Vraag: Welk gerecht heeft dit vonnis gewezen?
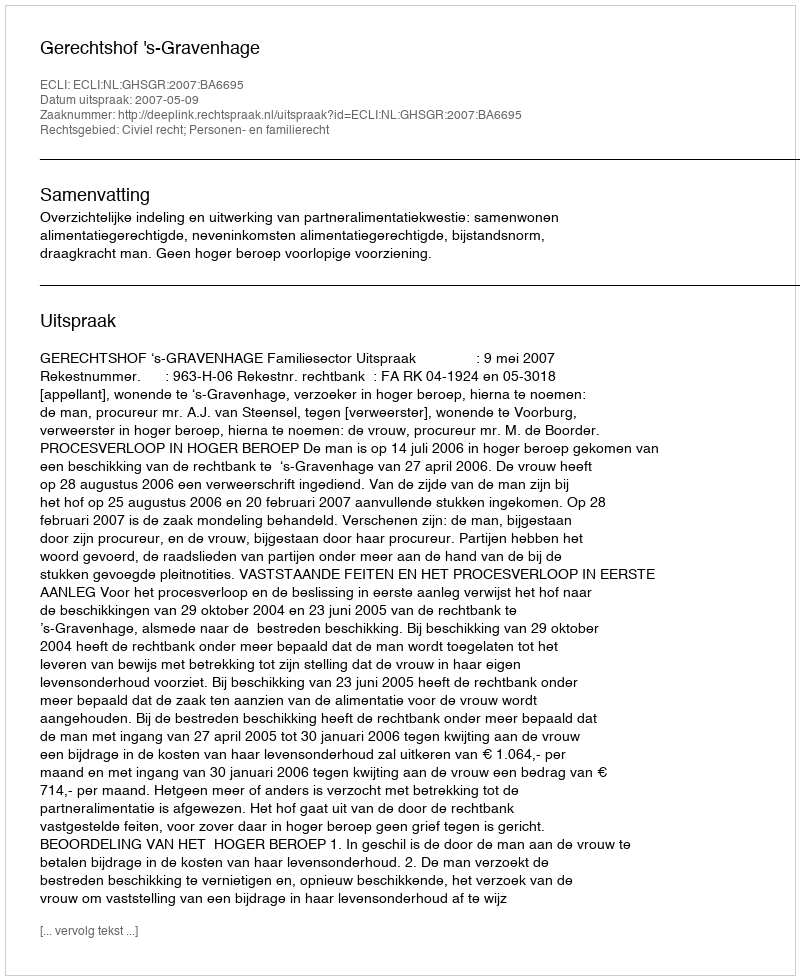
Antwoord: Gerechtshof 's-Gravenhage